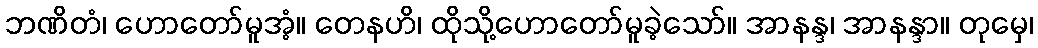
ဘဏိတံ၊ ဟောတော်မူအံ့။ တေနဟိ၊ ထိုသို့ဟောတော်မူခဲ့သော်။ အာနန္ဒ၊ အာနန္ဒာ။ တုမှေ၊